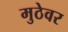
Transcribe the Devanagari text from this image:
मुठेवर